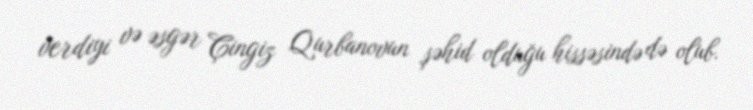
verdiyi və əsgər Çingiz Qurbanovun şəhid olduğu hissəsində də olub.